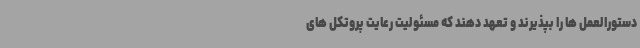
دستورالعمل ها را بپذیرند و تعهد دهند که مسئولیت رعایت پروتکل های